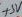
Text: +5V